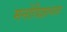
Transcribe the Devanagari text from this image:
मनोविज्ञानात